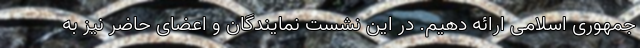
جمهوری اسلامی ارائه دهیم. در این نشست نمایندگان و اعضای حاضر نیز به